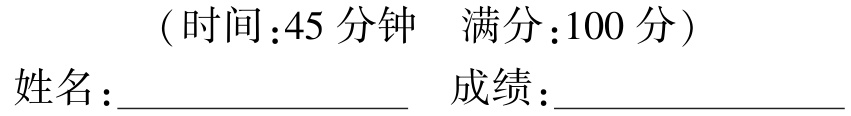
（时间：45 分钟  满分：100 分）
姓名：________________  成绩：________________